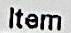
ITEM